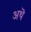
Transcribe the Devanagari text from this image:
अथॆ